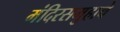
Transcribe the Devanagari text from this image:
मंदिरसमुहाचे